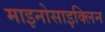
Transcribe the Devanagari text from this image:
माइनोसाइक्लिन